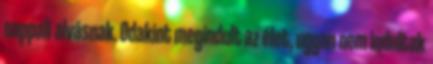
nappali alvásnak. Odakint megindult az élet, ugyan nem indultak